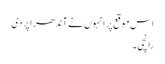
اس موقع پر انہوں نے آندھراپردی
رانچی ۔